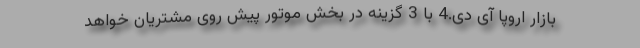
بازار اروپا آی دی.4 با 3 گزینه در بخش موتور پیش روی مشتریان خواهد